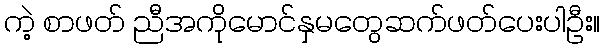
ကဲ့ စာဖတ် ညီအကိုမောင်နှမတွေဆက်ဖတ်ပေးပါဦး။